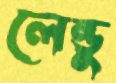
লেন্ডু